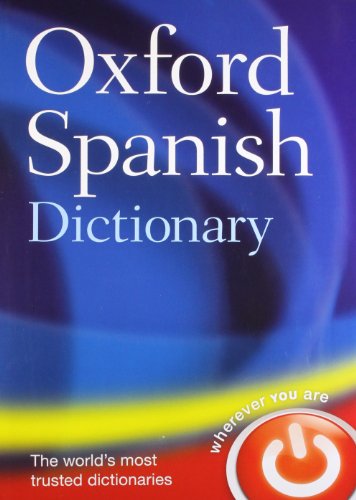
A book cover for Oxford Spanish Dictionary; Oxford Dictionaries; Reference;